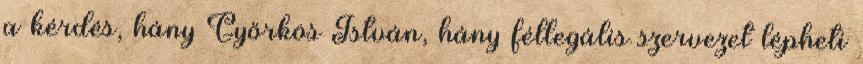
a kérdés, hány Győrkös István, hány féllegális szervezet lépheti